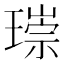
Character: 𤨲